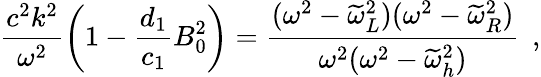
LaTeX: \frac{c^{2}k^{2}}{\omega^{2}}\left(1-\frac{d_{1}}{c_{1}}B_{0}^{2}\right)=\frac{(\omega^{2}-\widetilde{\omega}_{L}^{2})(\omega^{2}-\widetilde{\omega}_{R}^{2})}{\omega^{2}(\omega^{2}-\widetilde{\omega}_{h}^{2})}\, \; ,